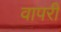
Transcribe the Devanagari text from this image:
वापरी